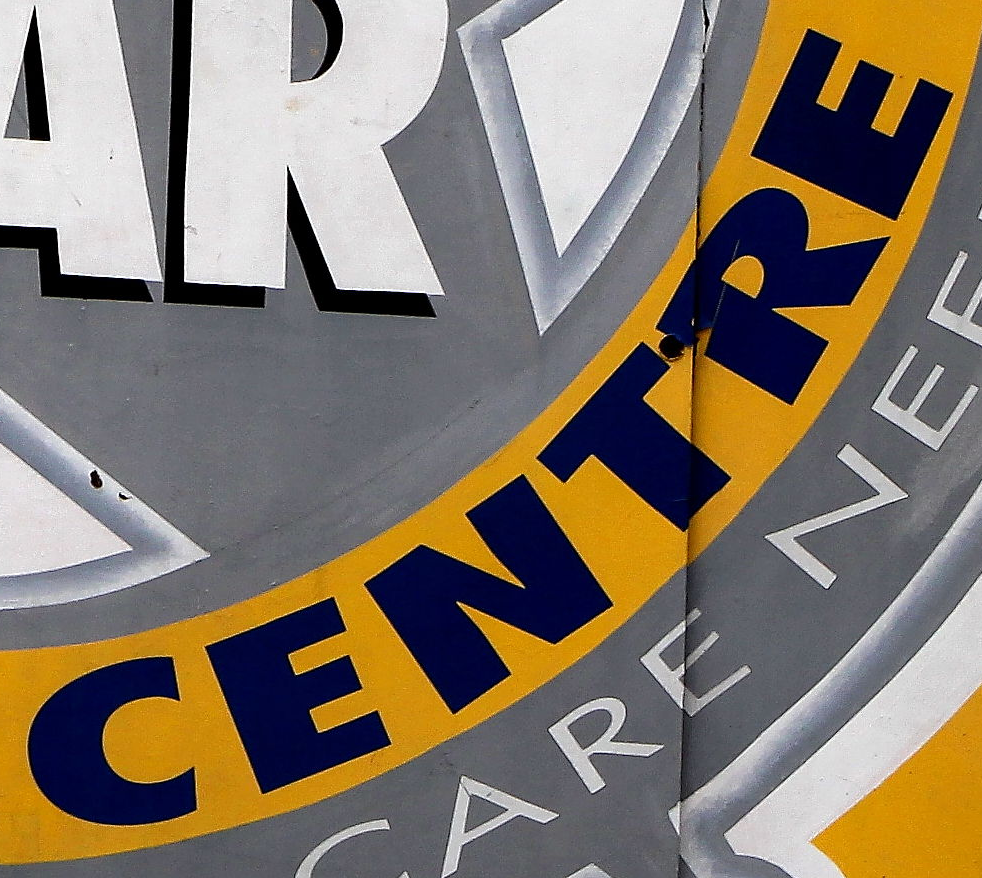
CENTRE